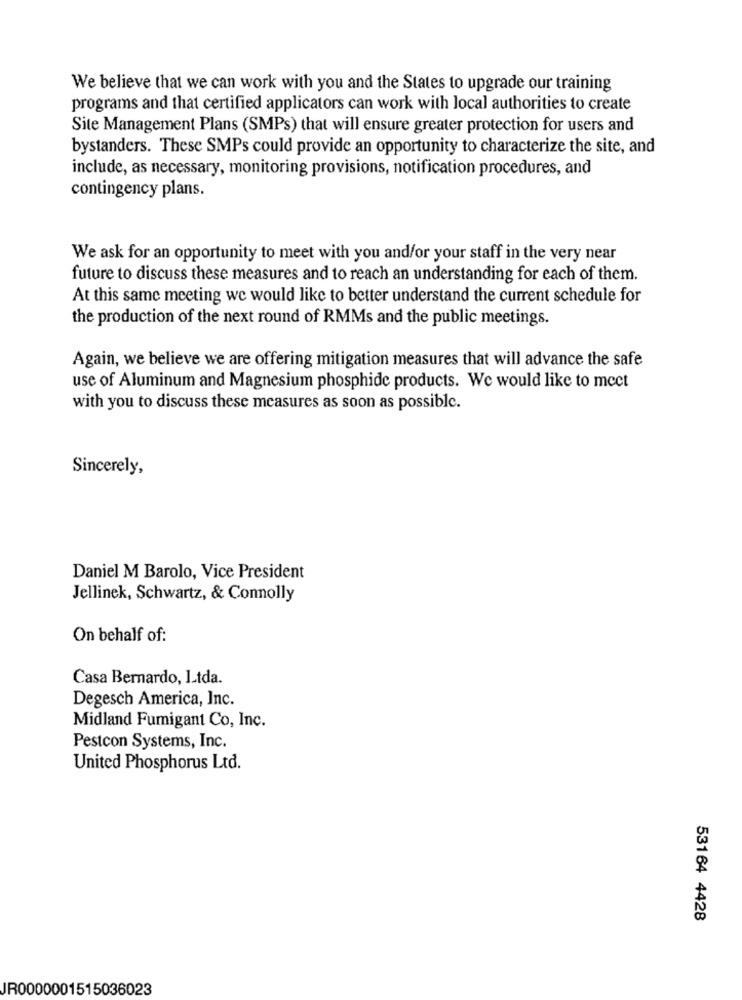
We believe that we can work with you and the States to upgrade our training
programs and that certified applicators can work with local authorities to create
Site Management Plans (SMPs) that will ensure greater protection for users and
bystanders. These SMPs could provide an opportunity to characterize the site, and
include, as necessary, monitoring provisions, notification procedures, and
contingency plans.
We ask for an opportunity to meet with you and/or your staff in the very near
future to discuss these measures and to reach an understanding for each of them.
At this same meeting we would like to better understand the current schedule for
the production of the next round of RMMs and the public meetings.
Again, we believe we are offering mitigation measures that will advance the safe
use of Aluminum and Magnesium phosphide products. We would like to mect
with you to discuss these measures as soon as possible.
Sincerely,
Daniel M Barolo, Vice President
Jellinek, Schwartz, & Connolly
On behalf of:
Casa Bernardo, Ltda.
Degesch America, Inc.
Midland Fumigant Co, Inc.
Pestcon Systems, Inc.
United Phosphorus Ltd.
53164 4428
JR0000001515036023